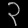
Digit: ၃